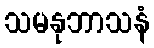
သမနုဘာသနံ